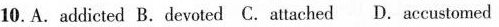
10.A.addicted B.devoted C.attached D.accustomed